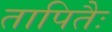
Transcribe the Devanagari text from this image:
तापितैः